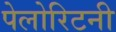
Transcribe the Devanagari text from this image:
पेलोरिटनी